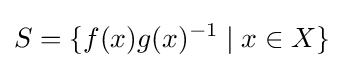
S=\{f(x)g(x)^{-1}\mid x\in X\}